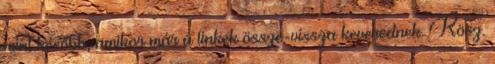
mint később, amikor már a linkek össze-vissza keverednek. Kösz.